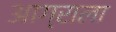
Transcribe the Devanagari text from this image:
आग्राला